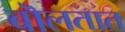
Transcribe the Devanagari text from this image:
बॊलतात